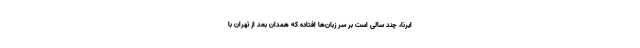
ایرنا، چند سالی است بر سر زبان‌ها افتاده که همدان بعد از تهران با